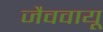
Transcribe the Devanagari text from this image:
जैववायू